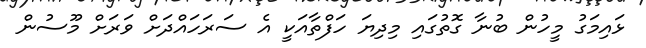
ޅައިމަގު މީހުން ބުނާ ގޮތުގައި މިދިޔަ ހަފްތާއަކީ އެ ސަރަހައްދަށް ވަރަށް މޫސުން